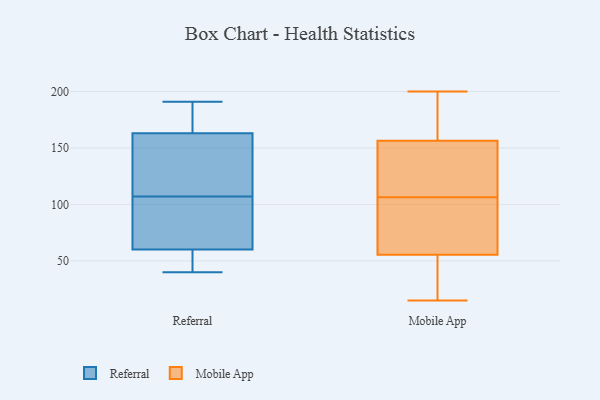
{"axis": {"x": "Shipments", "y": "Value"}, "legend": ["Mobile App", "Referral"], "data": [{"x": "", "y": 111, "type": "Referral"}, {"x": "", "y": 50, "type": "Referral"}, {"x": "", "y": 45, "type": "Referral"}, {"x": "", "y": 109, "type": "Referral"}, {"x": "", "y": 70, "type": "Referral"}, {"x": "", "y": 185, "type": "Referral"}, {"x": "", "y": 162, "type": "Referral"}, {"x": "", "y": 191, "type": "Referral"}, {"x": "", "y": 105, "type": "Referral"}, {"x": "", "y": 40, "type": "Referral"}, {"x": "", "y": 82, "type": "Referral"}, {"x": "", "y": 164, "type": "Referral"}, {"x": "", "y": 15, "type": "Mobile App"}, {"x": "", "y": 37, "type": "Mobile App"}, {"x": "", "y": 74, "type": "Mobile App"}, {"x": "", "y": 181, "type": "Mobile App"}, {"x": "", "y": 89, "type": "Mobile App"}, {"x": "", "y": 28, "type": "Mobile App"}, {"x": "", "y": 71, "type": "Mobile App"}, {"x": "", "y": 122, "type": "Mobile App"}, {"x": "", "y": 123, "type": "Mobile App"}, {"x": "", "y": 58, "type": "Mobile App"}, {"x": "", "y": 24, "type": "Mobile App"}, {"x": "", "y": 196, "type": "Mobile App"}, {"x": "", "y": 103, "type": "Mobile App"}, {"x": "", "y": 134, "type": "Mobile App"}, {"x": "", "y": 180, "type": "Mobile App"}, {"x": "", "y": 110, "type": "Mobile App"}, {"x": "", "y": 200, "type": "Mobile App"}, {"x": "", "y": 161, "type": "Mobile App"}, {"x": "", "y": 152, "type": "Mobile App"}, {"x": "", "y": 53, "type": "Mobile App"}]}